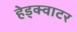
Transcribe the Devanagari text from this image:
हेड्क्वाटर